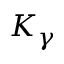
K _ { \gamma }